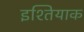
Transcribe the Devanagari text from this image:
इश्तियाक